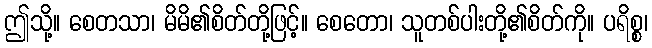
ဤသို့။ စေတသာ၊ မိမိ၏စိတ်တို့ဖြင့်။ စေတော၊ သူတစ်ပါးတို့၏စိတ်ကို။ ပရိစ္စ၊